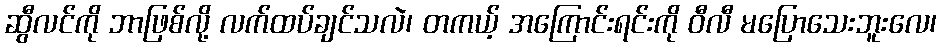
ဆွီလင်ကို ဘာဖြစ်လို့ လက်ထပ်ချင်သလဲ၊ တကယ့် အကြောင်းရင်းကို ဝီလီ မပြောသေးဘူးလေ၊